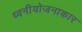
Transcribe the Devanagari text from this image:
ध्वनीयोजनाकार